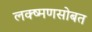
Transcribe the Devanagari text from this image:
लक्ष्मणसोबत